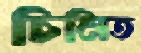
চিনিত